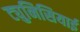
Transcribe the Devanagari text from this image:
ट्युनिसियाई